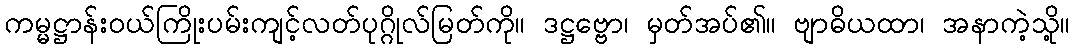
ကမ္မဋ္ဌာန်းဝယ်ကြိုးပမ်းကျင့်လတ်ပုဂ္ဂိုလ်မြတ်ကို။ ဒဋ္ဌဗ္ဗော၊ မှတ်အပ်၏။ ဗျာဓိယထာ၊ အနာကဲ့သို့။